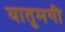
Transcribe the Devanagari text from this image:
यातुमगी